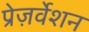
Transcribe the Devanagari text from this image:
प्रेज़र्वेशन